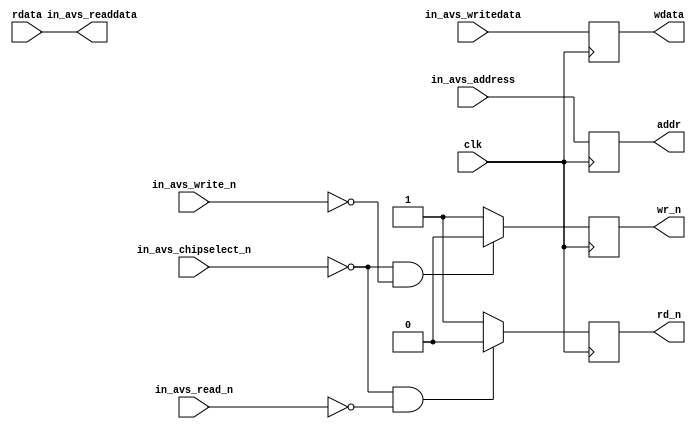
module avalon_slave_export_v2
(
	input  clk,
	input  in_avs_chipselect_n,
	input  in_avs_write_n,
	input  in_avs_read_n,
	input  [8:0] in_avs_address,
	input  [31:0] in_avs_writedata,
	output [31:0] in_avs_readdata,
	
	output  reg wr_n,
	output  reg rd_n,
	output  reg [8:0] addr,
	output  reg [31:0] wdata,
	input  [31:0] rdata
);

always @(posedge clk)
	if((in_avs_chipselect_n==1'd0) && (in_avs_write_n==1'd0))
		wr_n<=1'd0;
	else
		wr_n<=1'd1;
		
always @(posedge clk)
	if((in_avs_chipselect_n==1'd0) && (in_avs_read_n==1'd0))
		rd_n<=1'd0;
	else
		rd_n<=1'd1;
		
always @(posedge clk)
	addr<=in_avs_address;
	
always @(posedge clk)
	wdata<=in_avs_writedata;


assign	in_avs_readdata=rdata;
	
endmodule